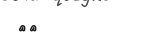
٢١